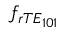
f _ { r T E _ { 1 0 1 } }